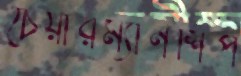
চেয়ারম্যানশিপ